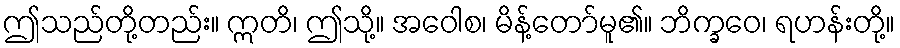
ဤသည်တို့တည်း။ ဣတိ၊ ဤသို့။ အဝေါစ၊ မိန့်တော်မူ၏။ ဘိက္ခဝေ၊ ရဟန်းတို့။